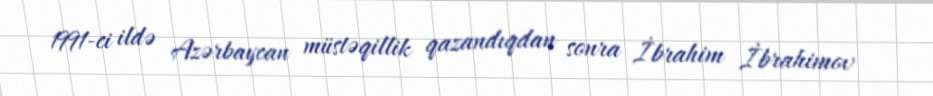
1991-ci ildə Azərbaycan müstəqillik qazandıqdan sonra İbrahim İbrahimov